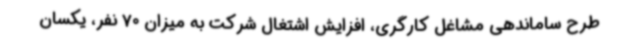
طرح ساماندهی مشاغل کارگری، افزایش اشتغال شرکت به میزان 70 نفر، یکسان